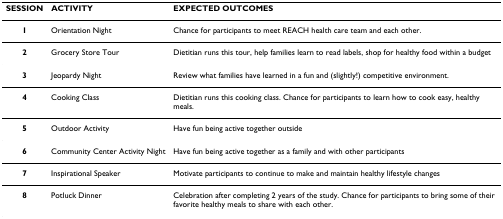
| SESSION | ACTIVITY | EXPECTED OUTCOMES |
 | --- | --- | --- |
 | 1 | Orientation Night | Chance for participants to meet REACH health care team and each other. |
 | 2 | Grocery Store Tour | Dietitian runs this tour, help families learn to read labels, shop for healthy food within a budget |
 | 3 | Jeopardy Night | Review what families have learned in a fun and (slightly!) competitive environment. |
 | 4 | Cooking Class | Dietitian runs this cooking class. Chance for participants to learn how to cook easy, healthy meals. |
 | 5 | Outdoor Activity | Have fun being active together outside |
 | 6 | Community Center Activity Night | Have fun being active together as a family and with other participants |
 | 7 | Inspirational Speaker | Motivate participants to continue to make and maintain healthy lifestyle changes |
 | 8 | Potluck Dinner | Celebration after completing 2 years of the study. Chance for participants to bring some of their favorite healthy meals to share with each other. |